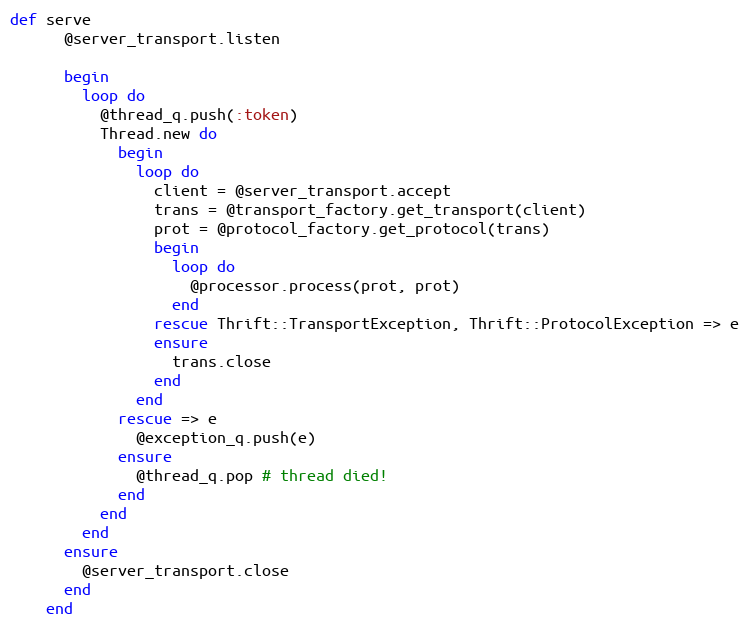
Language: Ruby
def serve
      @server_transport.listen

      begin
        loop do
          @thread_q.push(:token)
          Thread.new do
            begin
              loop do
                client = @server_transport.accept
                trans = @transport_factory.get_transport(client)
                prot = @protocol_factory.get_protocol(trans)
                begin
                  loop do
                    @processor.process(prot, prot)
                  end
                rescue Thrift::TransportException, Thrift::ProtocolException => e
                ensure
                  trans.close
                end
              end
            rescue => e
              @exception_q.push(e)
            ensure
              @thread_q.pop # thread died!
            end
          end
        end
      ensure
        @server_transport.close
      end
    end